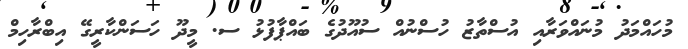
މުހައްމަދު މުނައްވަރާއި އުސްތާޒު ހުސްނުއް ސުއޫދުގެ ބައްޕާފުޅު ސ. މީދޫ ހަސަންކާރީގޭ އިބްރާހިމް